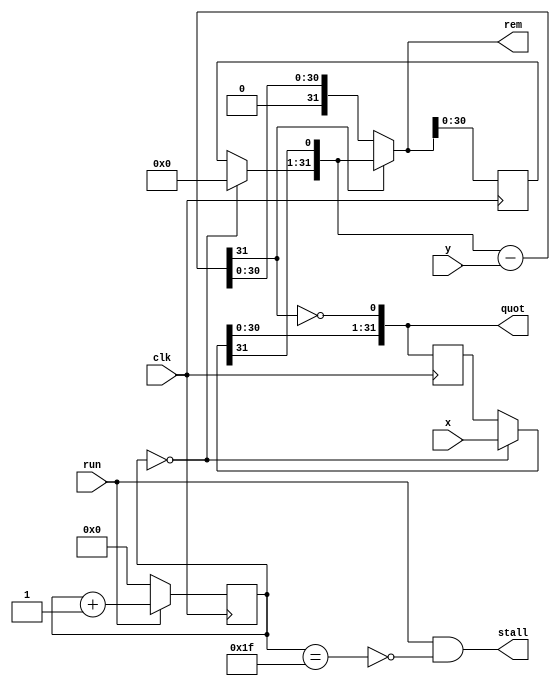
`timescale 1ns / 1ps  // NW 31.10.10

module Divider(
  input clk, run,
  output stall,
  input [31:0] x, y,
  output [31:0] quot, rem);

reg [4:0] S;  // state
reg [31:0] r3, q2;
wire [31:0] r0, r1, r2, q0, q1, d;

assign stall = run & ~(S == 31);
assign r0 = (S == 0) ? 0 : r3;
assign d = r1 - y;
assign r1 = {r0[30:0], q0[31]};
assign r2 = d[31] ? r1 : d;
assign q0 = (S == 0) ? x : q2;
assign q1 = {q0[30:0], ~d[31]};
assign rem = r2;
assign quot = q1;

always @ (posedge(clk)) begin
  r3 <= r2; q2 <= q1;
  S <= run ? S+1 : 0;
end

endmodule